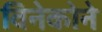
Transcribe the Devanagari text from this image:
विनेकोने